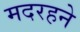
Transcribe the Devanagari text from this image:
मदरहने